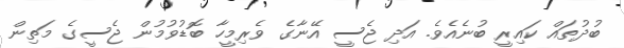
ބުދުތައް ކައިރީ ބުނެއެވެ. އަދި ޖެސީ އޭނާގެ ވެރިމީހާ ބޮޑުވުމުން ޖެސީގެ މަތިން